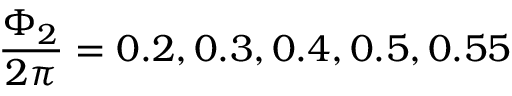
\frac { \Phi _ { 2 } } { 2 \pi } = 0 . 2 , 0 . 3 , 0 . 4 , 0 . 5 , 0 . 5 5